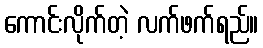
ကောင်းလိုက်တဲ့ လက်ဖက်ရည်။